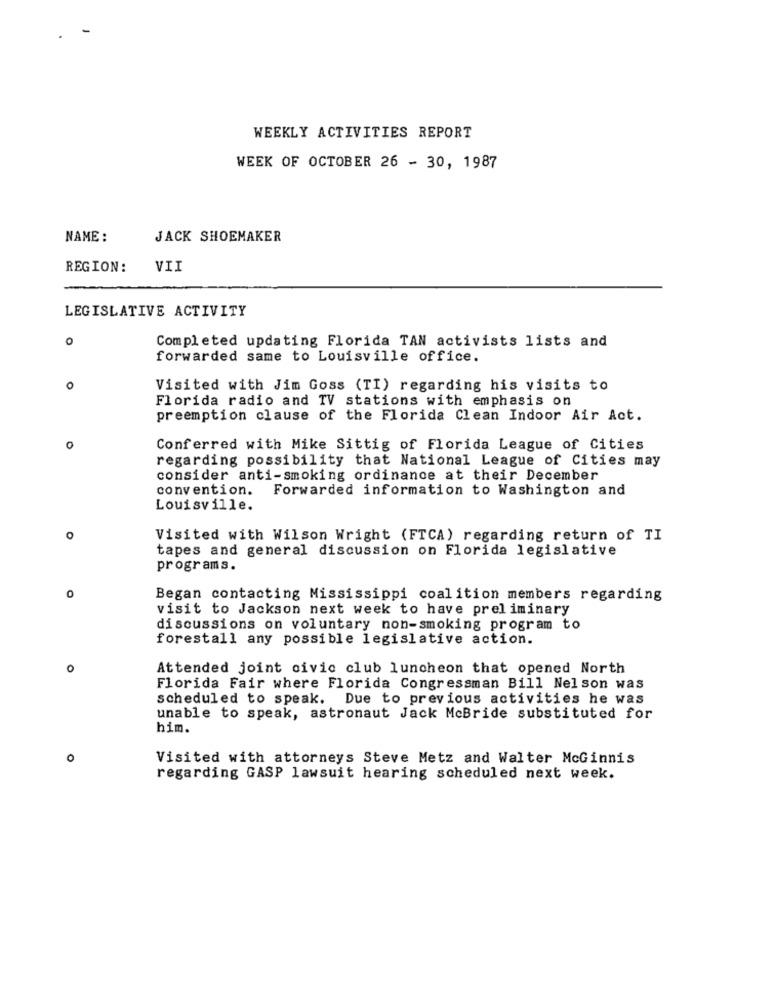
WEEKLY ACTIVITIES REPORT
WEEK OF OCTOBER 26 - 30, 1987
NAME :
JACK SHOEMAKER
REGION :
VII
LEGISLATIVE ACTIVITY
0
Completed updating Florida TAN activists lists and
forwarded same to Louisville office.
o
Visited with Jim Goss (TI) regarding his visits to
Florida radio and TV stations with emphasis on
preemption clause of the Florida Clean Indoor Air Act.
0
Conferred with Mike Sittig of Florida League of Cities
regarding possibility that National League of Cities may
consider anti-smoking ordinance at their December
convention.
Forwarded information to Washington and
Louisville.
Visited with Wilson Wright (FTCA) regarding return of TI
tapes and general discussion on Florida legislative
programs.
O
Began contacting Mississippi coalition members regarding
visit to Jackson next week to have preliminary
discussions on voluntary non-smoking program to
forestall any possible legislative action.
o
Attended joint civic club luncheon that opened North
Florida Fair where Florida Congressman Bill Nelson was
scheduled to speak. Due to previous activities he was
unable to speak, astronaut Jack McBride substituted for
him.
0
Visited with attorneys Steve Metz and Walter McGinnis
regarding GASP lawsuit hearing scheduled next week.